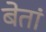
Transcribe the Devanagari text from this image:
बेतां